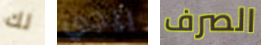
لك بيجي الصرف